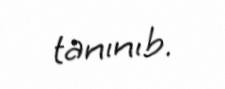
tanınıb.